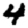
Digit: 4